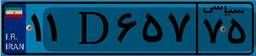
۶۴D۴۸۴۴۵